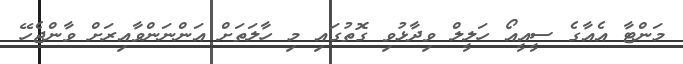
މަންޓާ އެއާގެ ސީއީއޯ ހަލީލް ވިދާޅުވި ގޮތުގައި މި ހާލަތަށް އަންނަންވާއިރަށް ވާންޖެހޭ